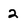
Character: 2